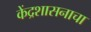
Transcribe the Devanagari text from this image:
केंद्रशासनाचा